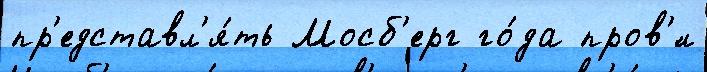
пр'едставл'я́ть Мосб'ерг го́да пров'́л